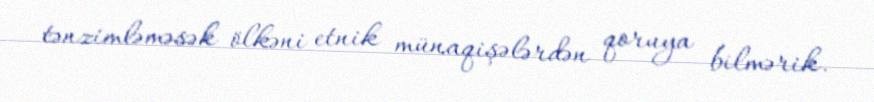
tənzimləməsək ölkəni etnik münaqişələrdən qoruya bilmərik.